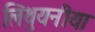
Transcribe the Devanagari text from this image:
लिथुयनीया